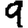
Digit: 9